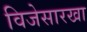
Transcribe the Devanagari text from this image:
विजेसारखा